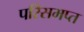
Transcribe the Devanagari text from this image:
परिसमप्‍त